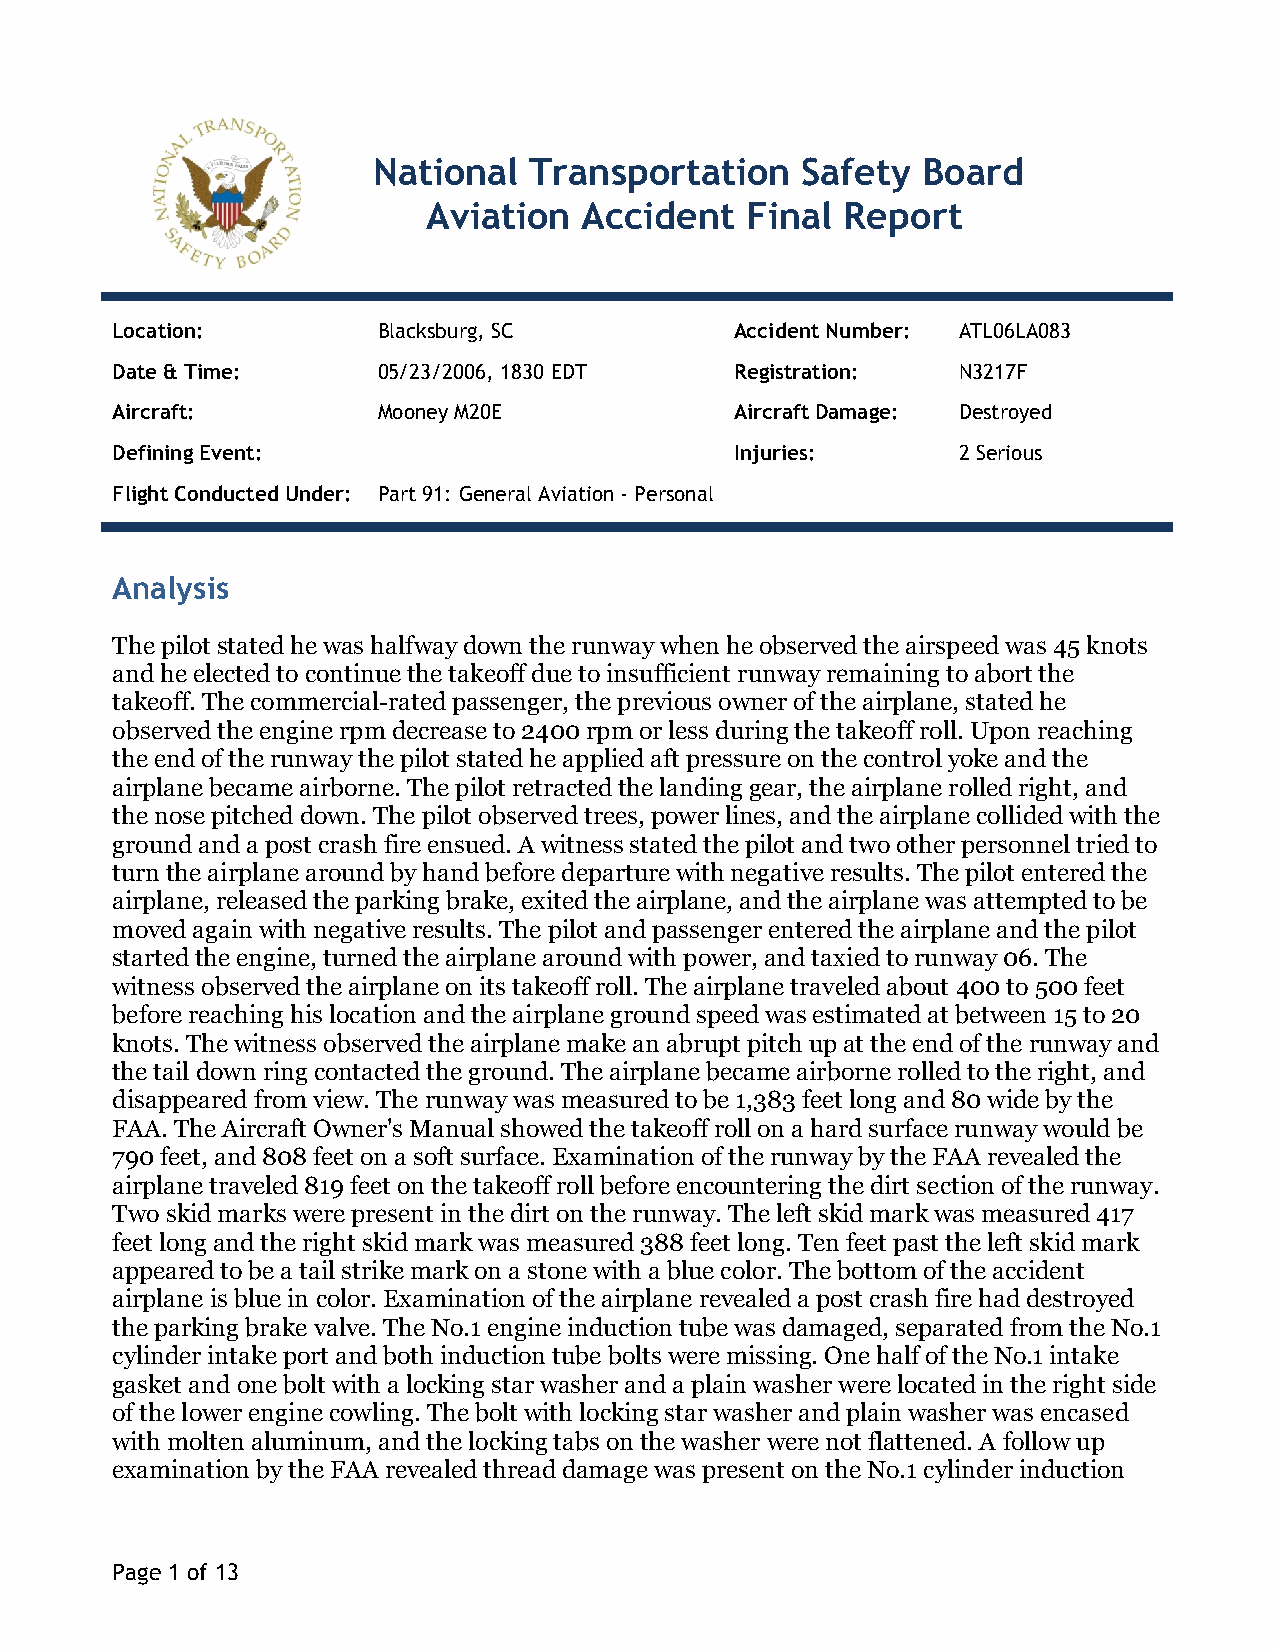
National  Transportation    Safety  Board
 Aviation   Accident  Final  Report
 Location:         Blacksburg, SC          Accident Number: ATL06LA083
 Date & Time:      05/23/2006, 1830 EDT    Registration: N3217F
 Aircraft:         Mooney M20E             Aircraft Damage: Destroyed
 Defining Event:                           Injuries:     2 Serious
 Flight Conducted Under: Part 91: General Aviation - Personal
 Analysis
 The pilot stated he was halfway down the runway when he observed the airspeed was 45 knots
 and he elected to continue the takeoff due to insufficient runway remaining to abort the
 takeoff. The commercial-rated passenger, the previous owner of the airplane, stated he
 observed the engine rpm decrease to 2400 rpm or less during the takeoff roll. Upon reaching
 the end of the runway the pilot stated he applied aft pressure on the control yoke and the
 airplane became airborne. The pilot retracted the landing gear, the airplane rolled right, and
 the nose pitched down. The pilot observed trees, power lines, and the airplane collided with the
 ground and a post crash fire ensued. A witness stated the pilot and two other personnel tried to
 turn the airplane around by hand before departure with negative results. The pilot entered the
 airplane, released the parking brake, exited the airplane, and the airplane was attempted to be
 moved again with negative results. The pilot and passenger entered the airplane and the pilot
 started the engine, turned the airplane around with power, and taxied to runway 06. The
 witness observed the airplane on its takeoff roll. The airplane traveled about 400 to 500 feet
 before reaching his location and the airplane ground speed was estimated at between 15 to 20
 knots. The witness observed the airplane make an abrupt pitch up at the end of the runway and
 the tail down ring contacted the ground. The airplane became airborne rolled to the right, and
 disappeared from view. The runway was measured to be 1,383 feet long and 80 wide by the
 FAA. The Aircraft Owner's Manual showed the takeoff roll on a hard surface runway would be
 790 feet, and 808 feet on a soft surface. Examination of the runway by the FAA revealed the
 airplane traveled 819 feet on the takeoff roll before encountering the dirt section of the runway.
 Two skid marks were present in the dirt on the runway. The left skid mark was measured 417
 feet long and the right skid mark was measured 388 feet long. Ten feet past the left skid mark
 appeared to be a tail strike mark on a stone with a blue color. The bottom of the accident
 airplane is blue in color. Examination of the airplane revealed a post crash fire had destroyed
 the parking brake valve. The No.1 engine induction tube was damaged, separated from the No.1
 cylinder intake port and both induction tube bolts were missing. One half of the No.1 intake
 gasket and one bolt with a locking star washer and a plain washer were located in the right side
 of the lower engine cowling. The bolt with locking star washer and plain washer was encased
 with molten aluminum, and the locking tabs on the washer were not flattened. A follow up
 examination by the FAA revealed thread damage was present on the No.1 cylinder induction
 Page 1 of 13